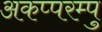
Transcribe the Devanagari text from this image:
अकप्परम्पु